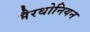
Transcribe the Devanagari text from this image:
मैरथोनियन